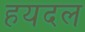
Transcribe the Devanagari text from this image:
हयदल